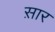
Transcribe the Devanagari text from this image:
स़ार